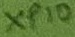
Text: XP10